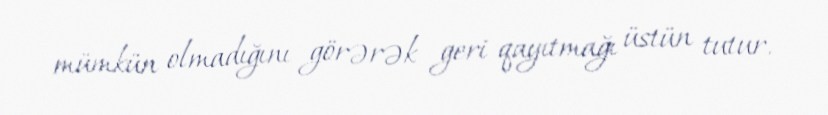
mümkün olmadığını görərək geri qayıtmağı üstün tutur.